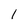
Character: 1